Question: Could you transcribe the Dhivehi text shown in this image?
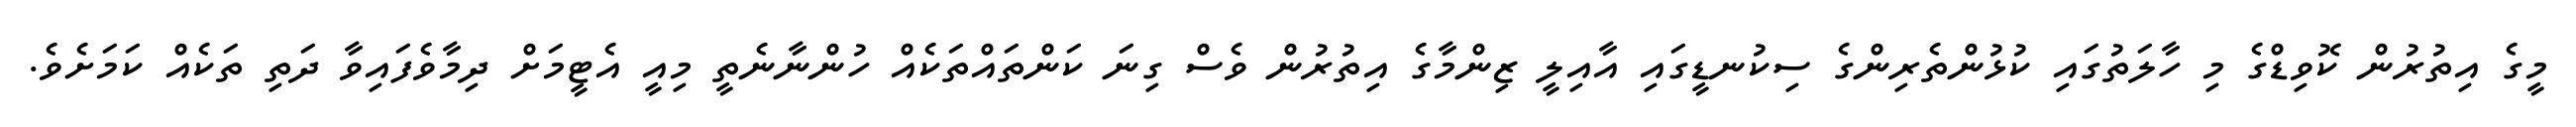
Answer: މީގެ އިތުރުން ކޮވިޑްގެ މި ހާލަތުގައި ކުޅުންތެރިންގެ ސިކުނޑީގައި އާއިލީ ޒިންމާގެ އިތުރުން ވެސް ގިނަ ކަންތައްތަކެއް ހުންނާނެތީ މިއީ އެޓީމަށް ދިމާވެފައިވާ ދަތި ތަކެއް ކަމަށެވެ.